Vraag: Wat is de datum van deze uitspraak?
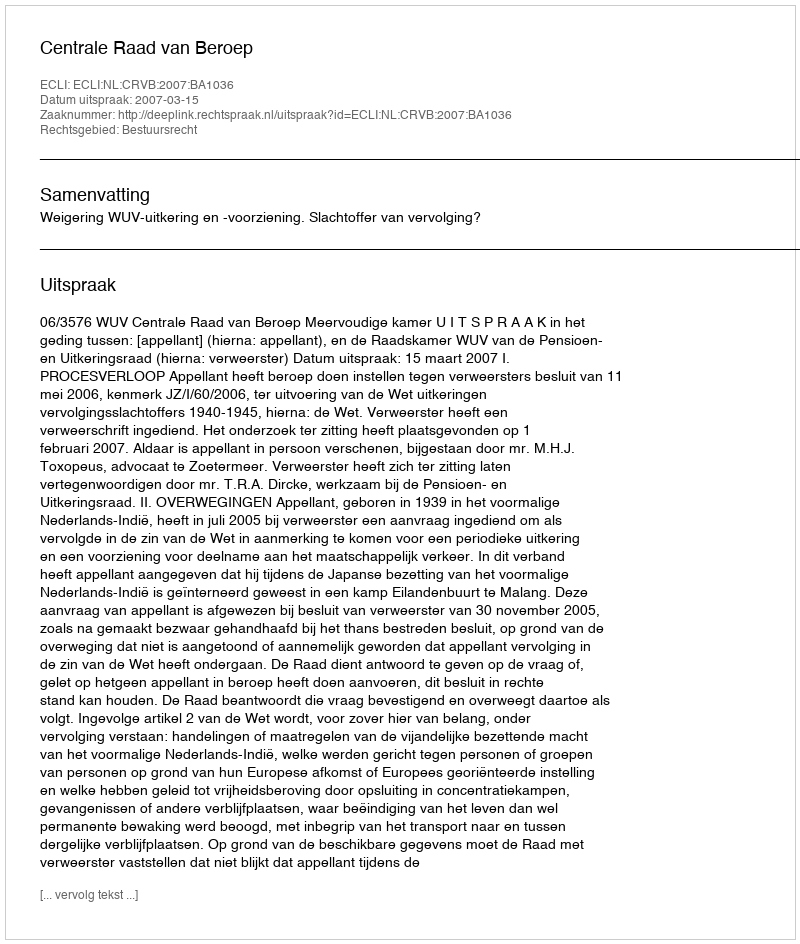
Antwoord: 2007-03-15